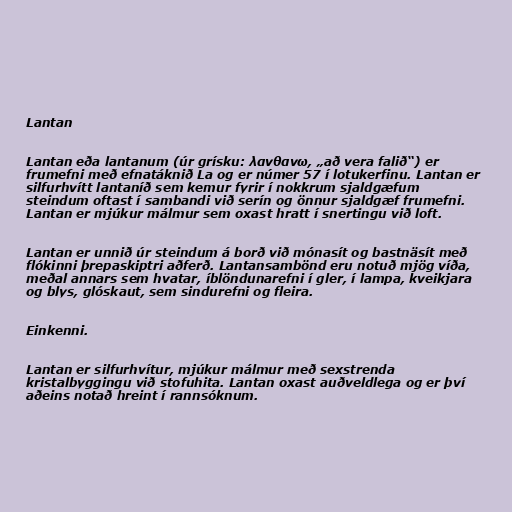
Lantan

Lantan eða lantanum (úr grísku: λανθανω, „að vera falið“) er
frumefni með efnatáknið La og er númer 57 í lotukerfinu. Lantan er
silfurhvítt lantaníð sem kemur fyrir í nokkrum sjaldgæfum
steindum oftast í sambandi við serín og önnur sjaldgæf frumefni.
Lantan er mjúkur málmur sem oxast hratt í snertingu við loft.

Lantan er unnið úr steindum á borð við mónasít og bastnäsít með
flókinni þrepaskiptri aðferð. Lantansambönd eru notuð mjög víða,
meðal annars sem hvatar, íblöndunarefni í gler, í lampa, kveikjara
og blys, glóskaut, sem sindurefni og fleira.

Einkenni.

Lantan er silfurhvítur, mjúkur málmur með sexstrenda
kristalbyggingu við stofuhita. Lantan oxast auðveldlega og er því
aðeins notað hreint í rannsóknum.